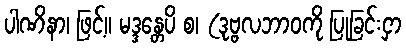
ပါဏိနာ၊ ဖြင့်။ မဒ္ဒန္တေပိ စ၊ (ဒုဗ္ဗလဘာဝကို ပြုခြင်းငှာ